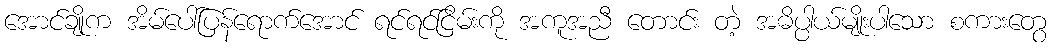
အောင်ချိုက အိမ်ပေါ်ပြန်ရောက်အောင် ရင်ရင်ငြိမ်းကို အကူအညီ တောင်း တဲ့ အဓိပ္ပါယ်မျိုးပါသော စကားတွေ